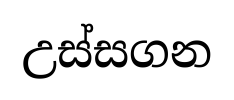
උස්සගන